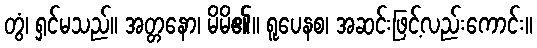
တွံ၊ ရှင်မသည်။ အတ္တနော၊ မိမိ၏။ ရူပေနစ၊ အဆင်းဖြင့်လည်းကောင်း။